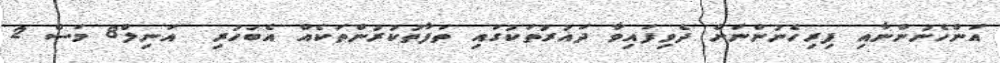
އަންހެނުންނާއި ފިރިހެނުންނަށް ދެވިފައިވާ ދައުުރުތަކުގައި ތަފާތުކުރުންތަކެއް އެބަހުރި  އަނިލް8 މަސް 2